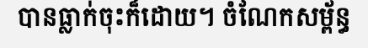
បានធ្លាក់ចុះក៏ដោយ។ ចំណែកសម្ព័ន្ធ